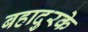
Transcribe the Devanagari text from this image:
बहादुरके